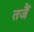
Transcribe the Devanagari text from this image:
तजैं